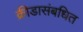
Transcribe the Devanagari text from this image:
क्रीडासंबधित